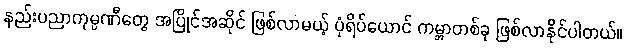
နည်းပညာကုမ္ပဏီတွေ အပြိုင်အဆိုင် ဖြစ်လာမယ့် ပုံရိပ်ယောင် ကမ္ဘာတစ်ခု ဖြစ်လာနိုင်ပါတယ်။